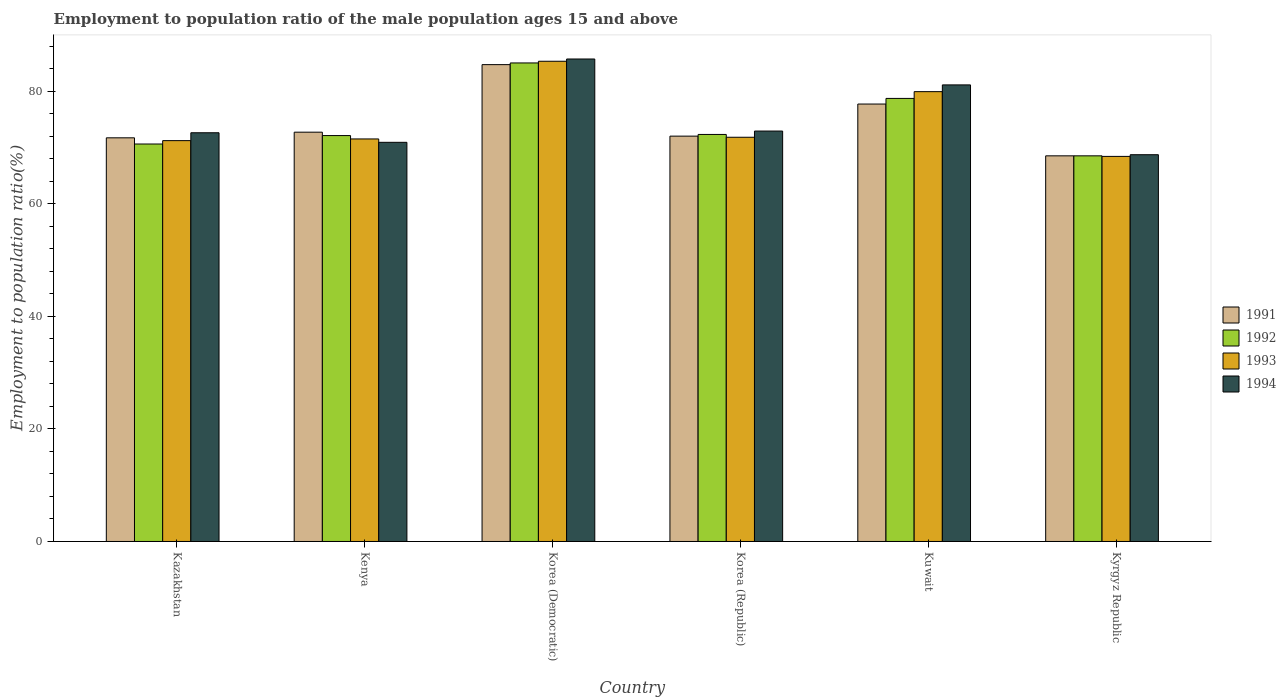
| Country | 1991 | 1992 | 1993 | 1994 |
 | --- | --- | --- | --- | --- |
 | Kazakhstan | 71.7 | 70.6 | 71.2 | 72.6 |
 | Kenya | 72.7 | 72.1 | 71.5 | 70.9 |
 | Korea (Democratic) | 84.7 | 85 | 85.3 | 85.7 |
 | Korea (Republic) | 72 | 72.3 | 71.8 | 72.9 |
 | Kuwait | 77.7 | 78.7 | 79.9 | 81.1 |
 | Kyrgyz Republic | 68.5 | 68.5 | 68.4 | 68.7 |